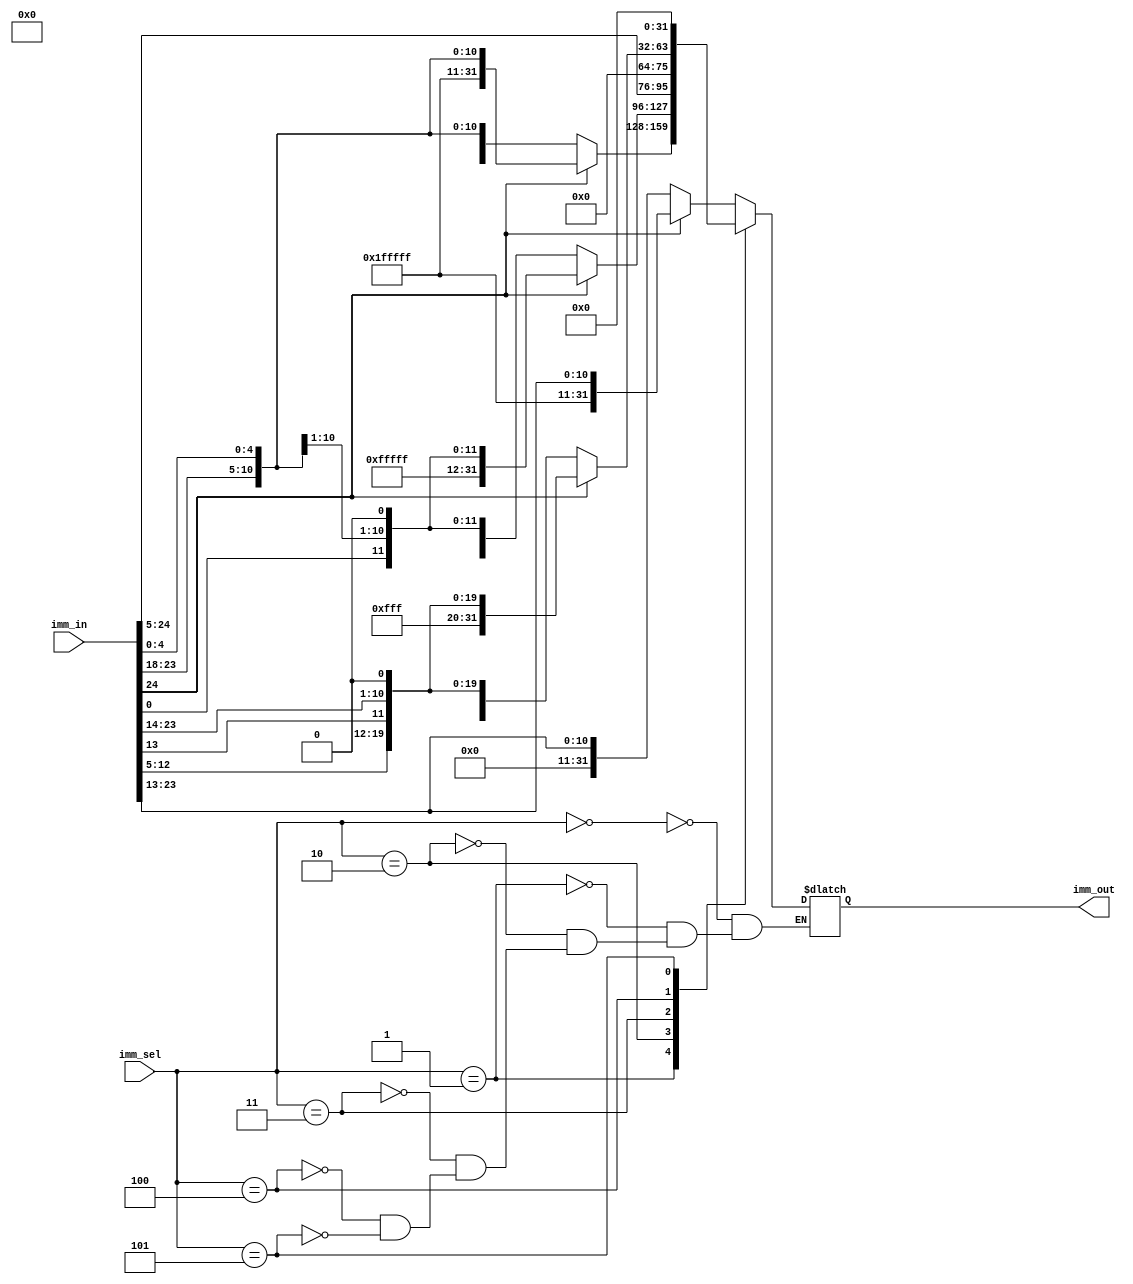
module imm_gen (input [31:7] imm_in,
                input [2:0] imm_sel,
                output reg [31:0] imm_out);
always @(imm_sel, imm_in) 
begin
  case (imm_sel)
    3'b000: //I-format
              imm_out= (imm_in[31]==1'b1) ? {21'b111111111111111111111, imm_in[30:20]}:{21'b000000000000000000000, imm_in[30:20]}; 
    3'b001: //S-format
              imm_out= (imm_in[31]==1'b1) ? {21'b111111111111111111111, imm_in[30:25], imm_in[11:7]}: {21'b000000000000000000000, imm_in[30:25], imm_in[11:7]};
    3'b010: //B-format
              imm_out= (imm_in[31]==1'b1) ? {20'b11111111111111111111, imm_in[7], imm_in[30:25], imm_in[11:8], 1'b0}: {20'b00000000000000000000, imm_in[7], imm_in[30:25], imm_in[11:8], 1'b0};
    3'b011: //U-format
              imm_out= {imm_in[31:12], 12'b000000000000};
    3'b100: //J-format
              imm_out= (imm_in[31]==1'b1) ? {11'b11111111111, imm_in[31], imm_in[19:12], imm_in[20], imm_in[30:21], 1'b0}: {11'b00000000000, imm_in[31], imm_in[19:12], imm_in[20], imm_in[30:21], 1'b0};
    3'b101: //R-format
              imm_out= 32'h00000000; 
    default:;
  endcase
end
endmodule